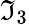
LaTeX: \mathfrak{I}_{3}